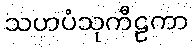
သဟပံသုကီဠကာ